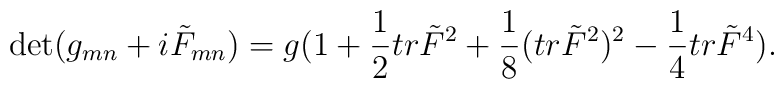
\det(g_{mn}+i\tilde F_{mn})=g(1+{1\over 2}tr\tilde F^2+{1\over 8}(tr\tilde F^2)^2-{1\over 4}tr\tilde F^4).